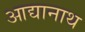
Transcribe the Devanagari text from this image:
आद्यानाथ